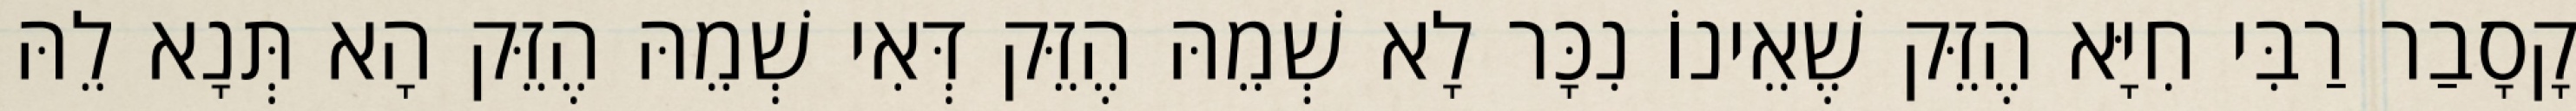
קָסָבַר רַבִּי חִיָּא הֶזֵּק שֶׁאֵינוֹ נִכָּר לָא שְׁמֵהּ הֶזֵּק דְּאִי שְׁמֵהּ הֶזֵּק הָא תְּנָא לֵהּ